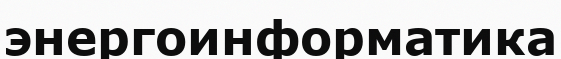
энергоинформатика